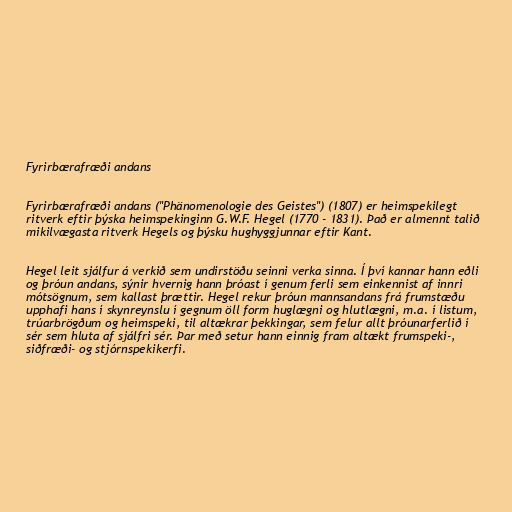
Fyrirbærafræði andans

Fyrirbærafræði andans ("Phänomenologie des Geistes") (1807) er heimspekilegt
ritverk eftir þýska heimspekinginn G.W.F. Hegel (1770 - 1831). Það er almennt talið
mikilvægasta ritverk Hegels og þýsku hughyggjunnar eftir Kant.

Hegel leit sjálfur á verkið sem undirstöðu seinni verka sinna. Í því kannar hann eðli
og þróun andans, sýnir hvernig hann þróast í genum ferli sem einkennist af innri
mótsögnum, sem kallast þrættir. Hegel rekur þróun mannsandans frá frumstæðu
upphafi hans í skynreynslu í gegnum öll form huglægni og hlutlægni, m.a. í listum,
trúarbrögðum og heimspeki, til altækrar þekkingar, sem felur allt þróunarferlið í
sér sem hluta af sjálfri sér. Þar með setur hann einnig fram altækt frumspeki-,
siðfræði- og stjórnspekikerfi.